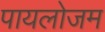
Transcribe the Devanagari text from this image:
पायलोजम